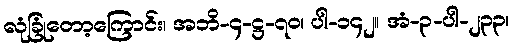
လုံခြုံတော့ကြောင်း၊ အဘိ-၄-ဋ္ဌ-၇၀၊ ပါ-၁၄၂။ အံ-၃-ပါ-၂၃၃၊